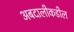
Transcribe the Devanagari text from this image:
अबदालीकडील